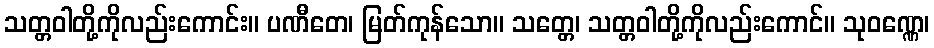
သတ္တဝါတို့ကိုလည်းကောင်း။ ပဏီတေ၊ မြတ်ကုန်သော။ သတ္တေ၊ သတ္တဝါတို့ကိုလည်းကောင်။ သုဝဏ္ဏေ၊